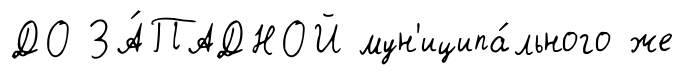
ДО ЗА́ПАДНОЙ мун'иципа́льного же